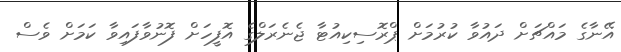
އޭނާގެ މައްޗަށް ދައުވާ ކުރުމަށް ޕްރޮސިކިއުޓާ ޖެނެރަލްގެ އޮފީހަށް ފޮނުވާފައިވާ ކަމަށް ވެސް